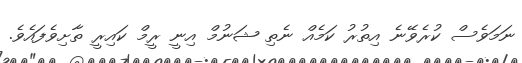
ނަމަވެސް ކުރެވޭނެ އިތުރު ކަމެއް ނެތި ޝަނުމް އިނީ ރީމް ކައިރީ ތާށިވެފައެވެ.